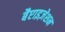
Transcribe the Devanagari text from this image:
बैप्टाइज़ेशन